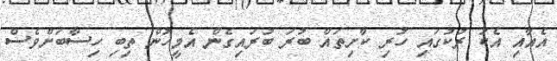
އެއާއި އެކު ރުކުގައި ހުރި ކާށިތައް ބުރަ ބުރައިގެން އެމީހުން ތިބި ހިސާބަށްވެސް